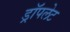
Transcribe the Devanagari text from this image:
ड्रॉपलेट